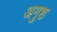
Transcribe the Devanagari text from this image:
अगुष्ठ